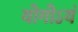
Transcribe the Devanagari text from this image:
योगोऽयं